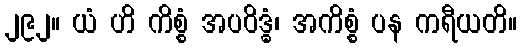
၂၉၂။ ယံ ဟိ ကိစ္စံ အပဝိဒ္ဓံ၊ အကိစ္စံ ပန ကရီယတိ။